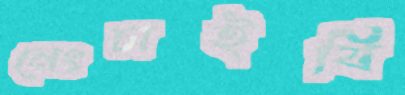
নেংচাইবি